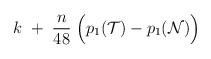
\begin{align*}k \;+ \; {n\over 48} \; \Bigl( p_1({\cal T}) - p_1({\cal N}) \Bigr)\end{align*}